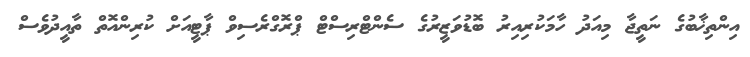
އިންތިޚާބުގެ ނަތީޖާ މިއަދު ހާމަކުރިއިރު ބޮޑުވަޒީރުގެ ސެންޓްރިސްޓް ޕްރޮގްރެސިވް ޕާޓީއަށް ކުރިންއޮތް ތާއީދުވެސް